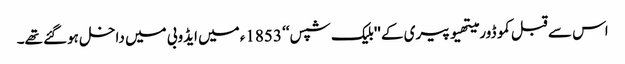
اس سے قبل کموڈور میتھیو پیری کے ''بلیک شپس‘‘ 1853ء میں ایڈوبی میں داخل ہوگئے تھے۔